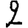
Digit: 2